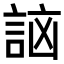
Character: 𧧣